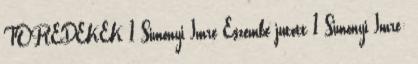
TÖREDÉKEK 1 Simonyi Imre Eszembe jutott 1 Simonyi Imre: